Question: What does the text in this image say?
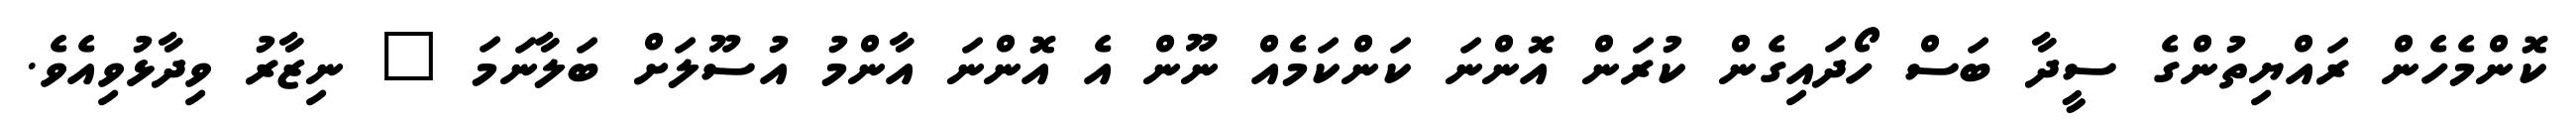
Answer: ކޮންމެހެން ރައްޔިތުންގެ ސީދާ ބަސް ހޯދައިގެން ކުރަން އޮންނަ ކަންކަމެއް ނޫން އެ އޮންނަ އާންމު އުސޫލަށް ބަލާނަމަ " ނިޒާރު ވިދާޅުވިއެވެ.